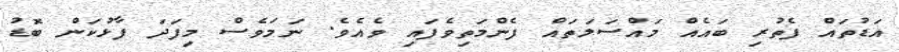
އަޑުތައް ފެތުރި ބައެއް މައްސަލަތައް ފެންމަތިވެފައި ވެއެވެ. ނަމަވެސް މިފަދަ ފާޅުކަން ބޮޑު